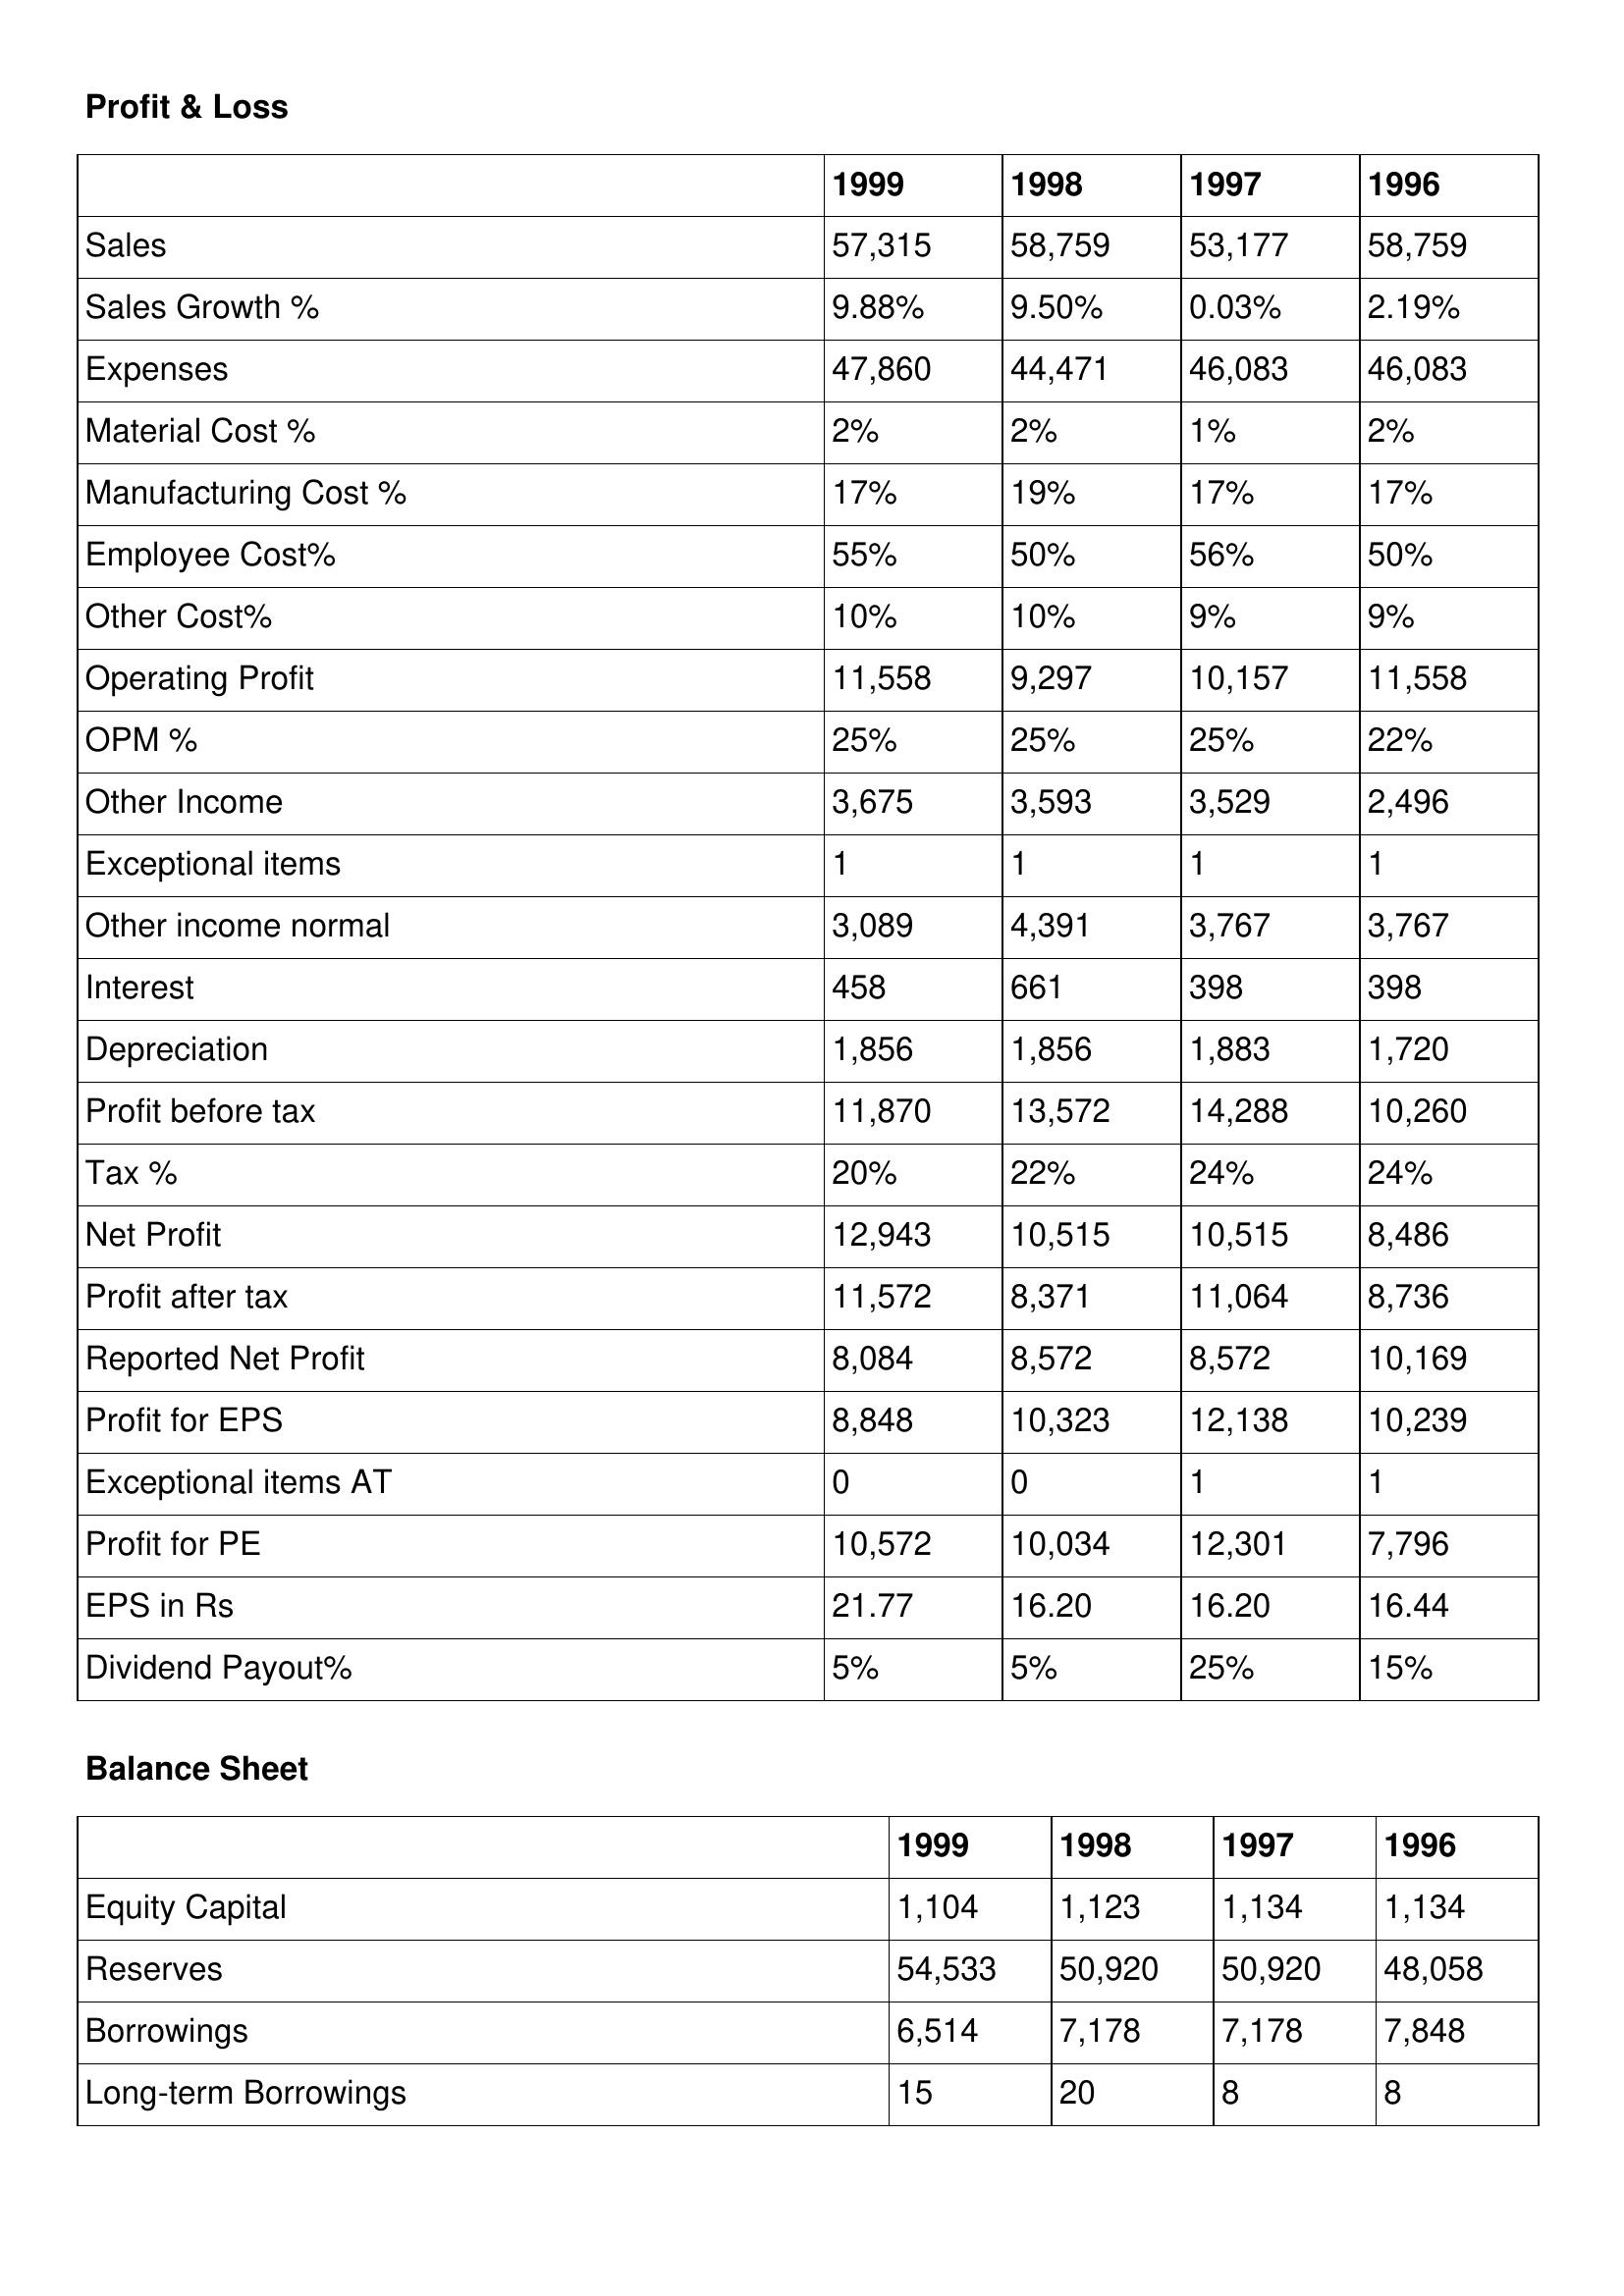
gt_parse: 1999: Profit & Loss: Sales: 57,315
Sales Growth %: 9.88%
Expenses: 47,860
Material Cost %: 2%
Manufacturing Cost %: 17%
Employee Cost%: 55%
Other Cost%: 10%
Operating Profit: 11,558
OPM %: 25%
Other Income: 3,675
Exceptional items: 1
Other income normal: 3,089
Interest: 458
Depreciation: 1,856
Profit before tax: 11,870
Tax %: 20%
Net Profit: 12,943
Profit after tax: 11,572
Reported Net Profit: 8,084
Profit for EPS: 8,848
Exceptional items AT: 0
Profit for PE: 10,572
EPS in Rs: 21.77
Dividend Payout%: 5%
Balance Sheet: Equity Capital: 1,104
Reserves: 54,533
Borrowings: 6,514
Long-term Borrowings: 15
1998: Profit & Loss: Sales: 58,759
Sales Growth %: 9.50%
Expenses: 44,471
Material Cost %: 2%
Manufacturing Cost %: 19%
Employee Cost%: 50%
Other Cost%: 10%
Operating Profit: 9,297
OPM %: 25%
Other Income: 3,593
Exceptional items: 1
Other income normal: 4,391
Interest: 661
Depreciation: 1,856
Profit before tax: 13,572
Tax %: 22%
Net Profit: 10,515
Profit after tax: 8,371
Reported Net Profit: 8,572
Profit for EPS: 10,323
Exceptional items AT: 0
Profit for PE: 10,034
EPS in Rs: 16.20
Dividend Payout%: 5%
Balance Sheet: Equity Capital: 1,123
Reserves: 50,920
Borrowings: 7,178
Long-term Borrowings: 20
1997: Profit & Loss: Sales: 53,177
Sales Growth %: 0.03%
Expenses: 46,083
Material Cost %: 1%
Manufacturing Cost %: 17%
Employee Cost%: 56%
Other Cost%: 9%
Operating Profit: 10,157
OPM %: 25%
Other Income: 3,529
Exceptional items: 1
Other income normal: 3,767
Interest: 398
Depreciation: 1,883
Profit before tax: 14,288
Tax %: 24%
Net Profit: 10,515
Profit after tax: 11,064
Reported Net Profit: 8,572
Profit for EPS: 12,138
Exceptional items AT: 1
Profit for PE: 12,301
EPS in Rs: 16.20
Dividend Payout%: 25%
Balance Sheet: Equity Capital: 1,134
Reserves: 50,920
Borrowings: 7,178
Long-term Borrowings: 8
1996: Profit & Loss: Sales: 58,759
Sales Growth %: 2.19%
Expenses: 46,083
Material Cost %: 2%
Manufacturing Cost %: 17%
Employee Cost%: 50%
Other Cost%: 9%
Operating Profit: 11,558
OPM %: 22%
Other Income: 2,496
Exceptional items: 1
Other income normal: 3,767
Interest: 398
Depreciation: 1,720
Profit before tax: 10,260
Tax %: 24%
Net Profit: 8,486
Profit after tax: 8,736
Reported Net Profit: 10,169
Profit for EPS: 10,239
Exceptional items AT: 1
Profit for PE: 7,796
EPS in Rs: 16.44
Dividend Payout%: 15%
Balance Sheet: Equity Capital: 1,134
Reserves: 48,058
Borrowings: 7,848
Long-term Borrowings: 8